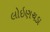
લોઇણચડા